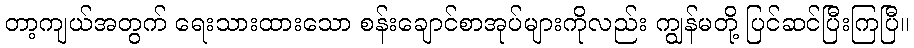
တာ့ကျယ်အတွက် ရေးသားထားသော စန်းချောင်စာအုပ်များကိုလည်း ကျွန်မတို့ ပြင်ဆင်ပြီးကြပြီ။